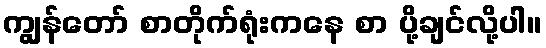
ကျွန်တော် စာတိုက်ရုံးကနေ စာ ပို့ချင်လို့ပါ။